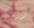
ريشي